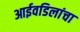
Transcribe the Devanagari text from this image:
आईवडिलांचा